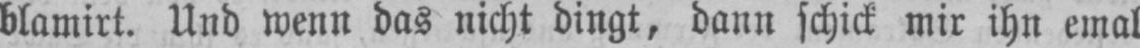
blamirt. Und wenn das nicht dingt, dann schick mir ihn emal